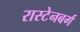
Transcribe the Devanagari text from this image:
रास्टेनबर्ग